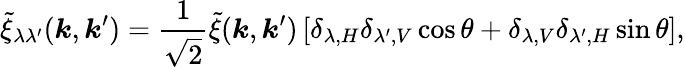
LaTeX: \tilde{\xi}_{\lambda\lambda^{\prime}}(\boldsymbol{k},\boldsymbol{k}^{\prime})=\frac{1}{\sqrt{2}}\tilde{\xi}(\boldsymbol{k},\boldsymbol{k}^{\prime})\left[\delta_{\lambda,H}\delta_{\lambda^{\prime},V}\cos\theta+\delta_{\lambda,V}\delta_{\lambda^{\prime},H}\sin\theta\right],